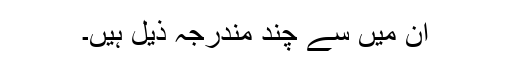
ان میں سے چند مندرجہ ذیل ہیں۔